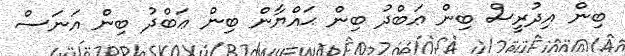
ބިން އިދުރީސް ބިން ޢަބްދު ބިން ޙައްޔާން ބިން ޢަބްދު ބިން އަނަސް